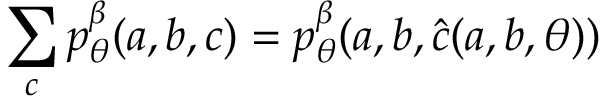
\sum _ { c } p _ { \theta } ^ { \beta } ( a , b , c ) = p _ { \theta } ^ { \beta } ( a , b , \hat { c } ( a , b , \theta ) )